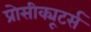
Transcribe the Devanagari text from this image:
प्रोसीक्यूटर्स